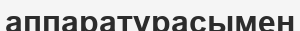
аппаратурасымен